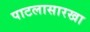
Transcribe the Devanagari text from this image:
पाटलासारखा